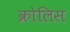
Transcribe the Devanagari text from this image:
क्रोलिस